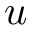
u